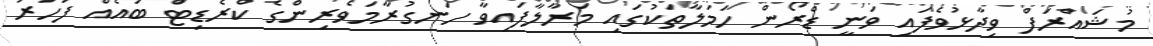
މުޝައްރަފް ވިދާޅުވެފައި ވަނީ ޑްރޯން ހަމަލާތަކުގައި މަރާލާފައިވާ ހަނގުރާމަވެރިންގެ ކްރެޑިޓް ބައެއް ފަހަރު